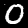
Digit: 0